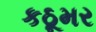
કઠૂમર